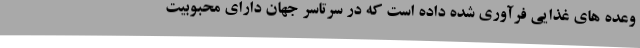
وعده های غذایی فرآوری شده داده است که در سرتاسر جهان دارای محبوبیت